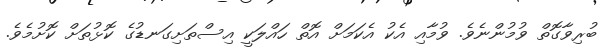
ބުރިވާގޮތް ވުމުންނެވެ. ވުމާއި އެކު އެކަމަށް އޮތް ހައްލަކީ އިސްތަށިގަނޑުގެ ކޮޅުތަށް ކޮށުމެވެ.